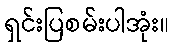
ရှင်းပြစမ်းပါအုံး။